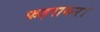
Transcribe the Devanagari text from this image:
फहराकर।